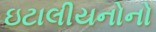
ઇટાલીયનોનો